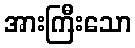
အားကြီးသော